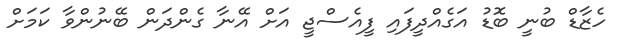
ހެޒާޑް ބުނީ ބޮޑު އަގެއްދީފައި ފީއެސްޖީ އަށް އޭނާ ގެންދަން ބޭނުންވާ ކަމަށް